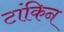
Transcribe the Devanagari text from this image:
टांकिन